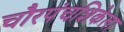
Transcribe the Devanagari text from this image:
चौरपंचशिकेला